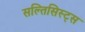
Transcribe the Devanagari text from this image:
सल्तिसिस्ट्स